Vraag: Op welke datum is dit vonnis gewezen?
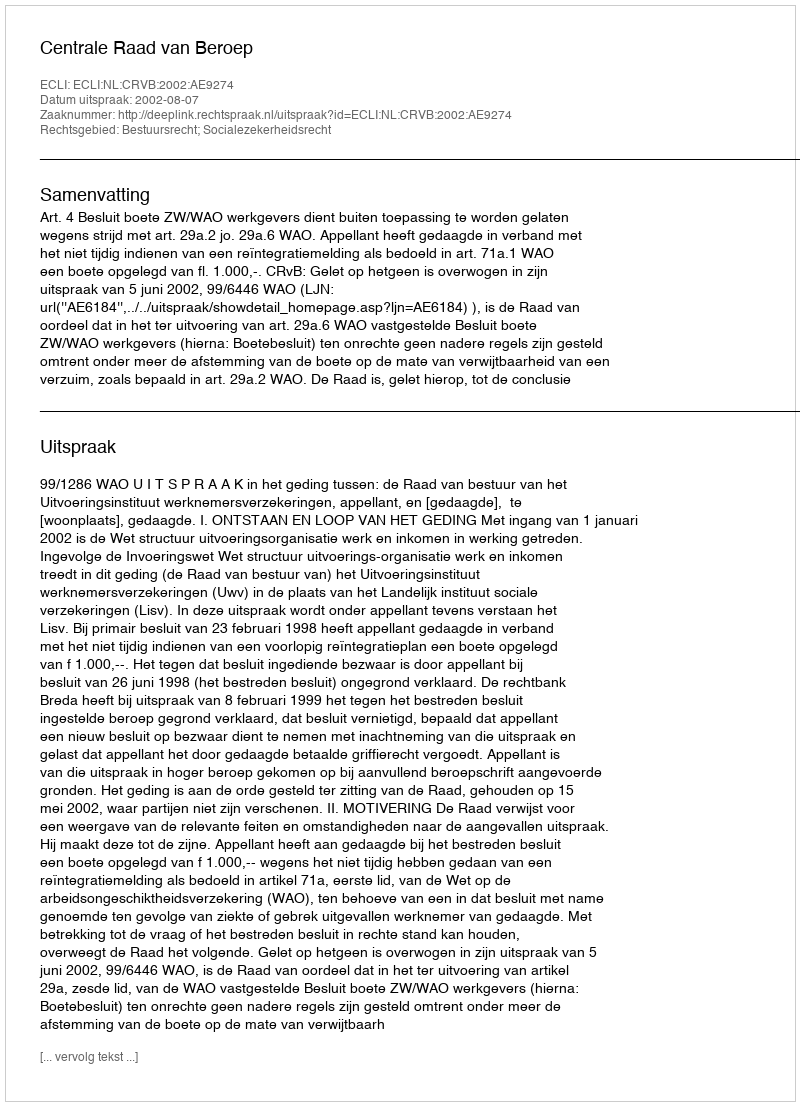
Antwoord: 2002-08-07